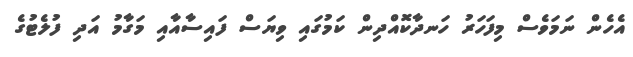
އެހެން ނަމަވެސް މިފަހަރު ހަނދާކޮއްދިން ކަމުގައި ވިޔަސް ފައިސާއާއި މަގާމު އަދި ފުލެޓުގެ